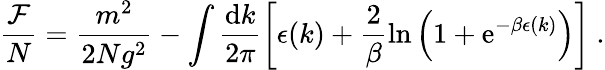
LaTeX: \frac{{\cal F}}{N}=\frac{m^{2}}{2Ng^{2}}-\int\frac{\mathrm{d}k}{2\pi}\left[\epsilon(k)+\frac{2}{\beta}\ln\left(1+\mathrm{e}^{-\beta\epsilon(k)}\right)\right]\ .